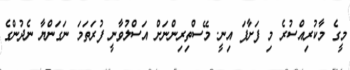
މީގެ މާކުރިއްސުރެ މި ފަށާފަ އިނީ. މޭސްތިރިންނަށް އަސްލުވާނީ ފުރަތަމަ ނަގަންޔާ ނެދުންގެ